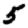
Digit: 5